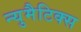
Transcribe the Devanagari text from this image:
न्युमैटिक्स